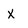
Character: x